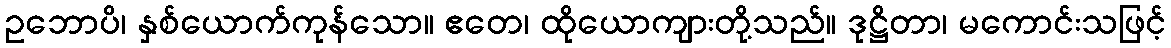
ဥဘောပိ၊ နှစ်ယောက်ကုန်သော။ ဧတေ၊ ထိုယောကျားတို့သည်။ ဒုဋ္ဌိတာ၊ မကောင်းသဖြင့်